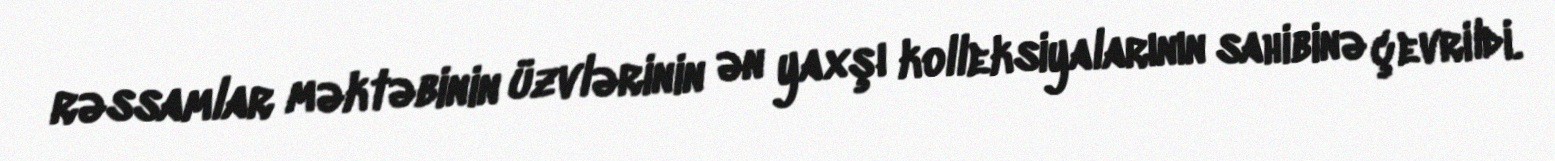
rəssamlar məktəbinin üzvlərinin ən yaxşı kolleksiyalarının sahibinə çevrildi.